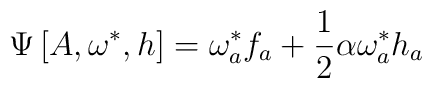
\Psi\left[A,\omega^{*},h\right]=\omega^{*}_a f_a+\frac{1}{2}\alpha\omega^{*}_a h_a